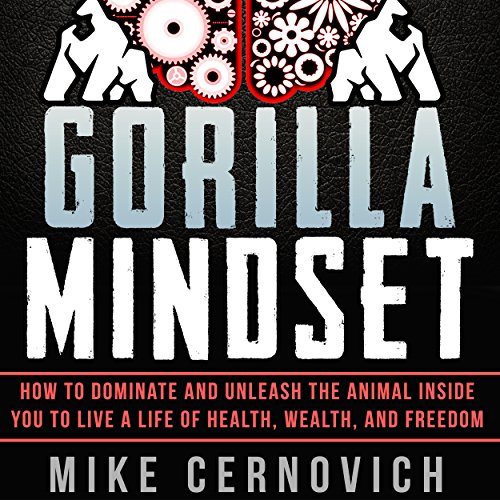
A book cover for Gorilla Mindset; Mike Cernovich; Health, Fitness & Dieting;